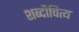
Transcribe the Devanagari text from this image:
शब्दौचित्य